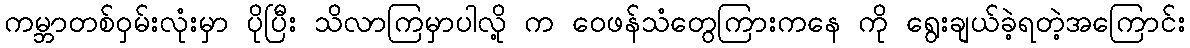
ကမ္ဘာတစ်ဝှမ်းလုံးမှာ ပိုပြီး သိလာကြမှာပါလို့ က ဝေဖန်သံတွေကြားကနေ ကို ရွေးချယ်ခဲ့ရတဲ့အကြောင်း